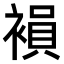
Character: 𧜘